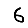
Digit: 6